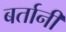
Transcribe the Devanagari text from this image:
बर्तानी